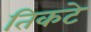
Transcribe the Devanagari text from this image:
तिकटे